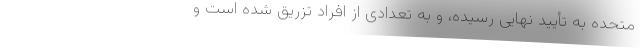
متحده به تأیید نهایی رسیده، و به تعدادی از افراد تزریق شده است و